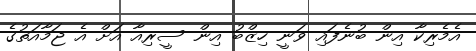
އެމެރިކާ އިން ބުނެފައި ވަނީ ހިޒްބު އިން ސީރިއާ އަށް އެ ޖަމާއަތުގެ